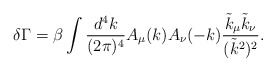
\begin{align*}\delta\Gamma=\beta\int \frac{d^4k}{(2\pi)^4}A_\mu(k)A_\nu(-k)\frac{\tilde k_\mu\tilde k_\nu}{(\tilde k^2)^2}. \end{align*}